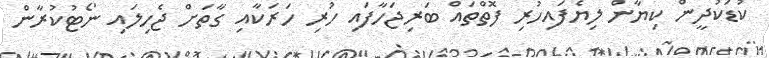
ކުޑަކުދީން ކިޔާން ލިޔެފައިހުރި ފޮތްތައް ބަރިޖަހާފައި ހުރި ހަރަކާއި ގާތަށް ޖެހިލައި ނޯޓުކުރާން